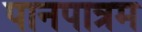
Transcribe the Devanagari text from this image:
पानपात्रम